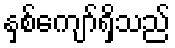
နှစ်ကျော်ရှိသည်